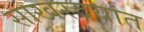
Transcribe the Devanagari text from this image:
साखरदर्यात